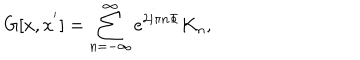
G [ x , x ^ { ' } ] = \sum _ { n = - \infty } ^ { \infty } e ^ { 2 i \pi n \Phi } K _ { n } ,